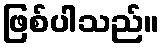
ဖြစ်ပါသည်။